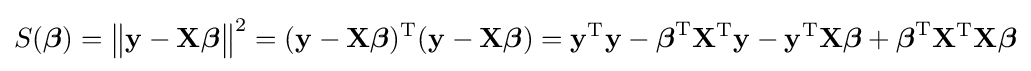
S({\boldsymbol {\beta }})={\bigl \|}\mathbf {y} -\mathbf {X} {\boldsymbol {\beta }}{\bigr \|}^{2}=(\mathbf {y} -\mathbf {X} {\boldsymbol {\beta }})^{\rm {T}}(\mathbf {y} -\mathbf {X} {\boldsymbol {\beta }})=\mathbf {y} ^{\rm {T}}\mathbf {y} -{\boldsymbol {\beta }}^{\rm {T}}\mathbf {X} ^{\rm {T}}\mathbf {y} -\mathbf {y} ^{\rm {T}}\mathbf {X} {\boldsymbol {\beta }}+{\boldsymbol {\beta }}^{\rm {T}}\mathbf {X} ^{\rm {T}}\mathbf {X} {\boldsymbol {\beta }}